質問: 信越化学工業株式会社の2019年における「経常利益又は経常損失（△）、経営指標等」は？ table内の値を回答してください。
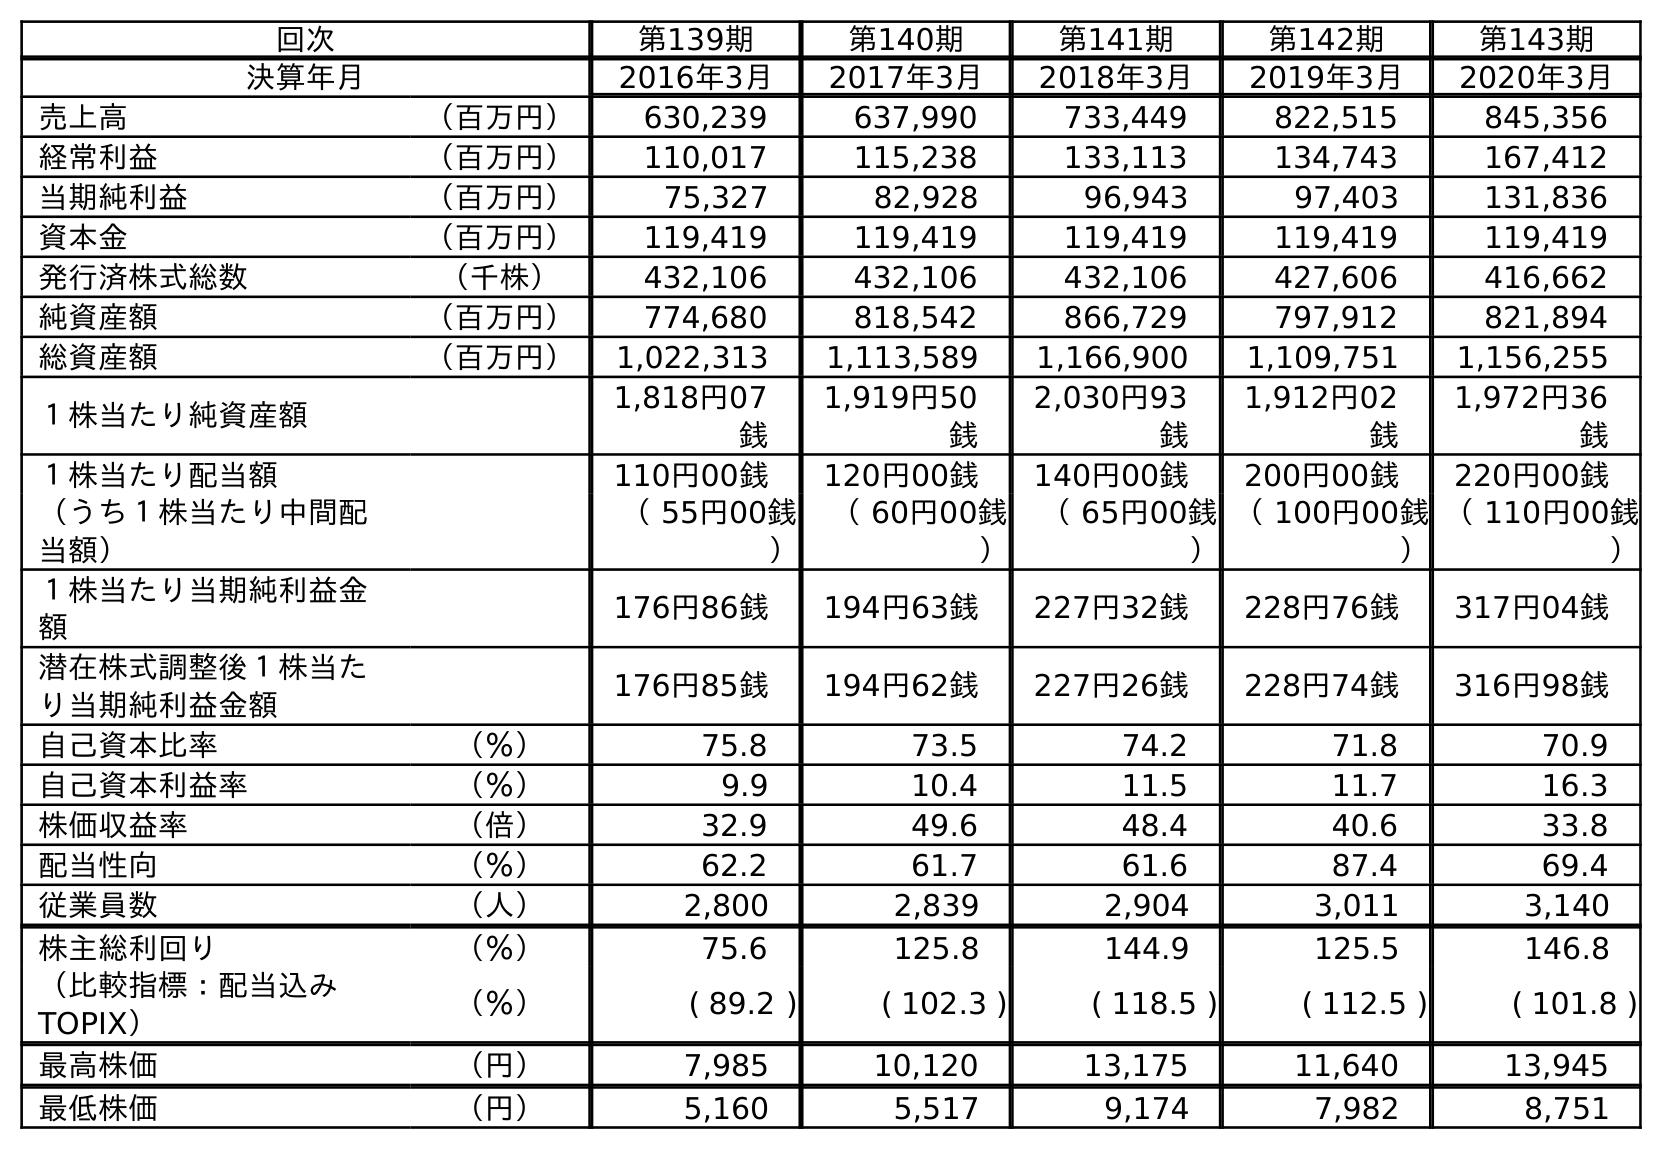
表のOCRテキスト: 回次 第139期 第140期 第141期 第142期 第143期 決算年月 2016年3月 2017年3月 2018年3月 2019年3月 2020年3月 売上高 （百万円） 630,239 637,990 733,449 822,515 845,356 経常利益 （百万円） 110,017 115,238 133,113 134,743 167,412 当期純利益 （百万円） 75,327 82,928 96,943 97,403 131,836 資本金 （百万円） 119,419 119,419 119,419 119,419 119,419 発行済株式総数 （千株） 432,106 432,106 432,106 427,606 416,662 純資産額 （百万円） 774,680 818,542 866,729 797,912 821,894 総資産額 （百万円） 1,022,313 1,113,589 1,166,900 1,109,751 1,156,255 １株当たり純資産額 1,818円07 銭 1,919円50 銭 2,030円93 銭 1,912円02 銭 1,972円36 銭 １株当たり配当額 110円00銭 120円00銭 140円00銭 200円00銭 220円00銭 （うち１株当たり中間配 当額） （ 55円00銭 ） （ 60円00銭 ） （ 65円00銭 ） （ 100円00銭 ） （ 110円00銭 ） １株当たり当期純利益金 額 176円86銭 194円63銭 227円32銭 228円76銭 317円04銭 潜在株式調整後１株当た り当期純利益金額 176円85銭 194円62銭 227円26銭 228円74銭 316円98銭 自己資本比率 （％） 75.8 73.5 74.2 71.8 70.9 自己資本利益率 （％） 9.9 10.4 11.5 11.7 16.3 株価収益率 （倍） 32.9 49.6 48.4 40.6 33.8 配当性向 （％） 62.2 61.7 61.6 87.4 69.4 従業員数 （人） 2,800 2,839 2,904 3,011 3,140 株主総利回り （％） 75.6 125.8 144.9 125.5 146.8 （比較指標：配当込み TOPIX） （％） ( 89.2 ) ( 102.3 ) ( 118.5 ) ( 112.5 ) ( 101.8 ) 最高株価 （円） 7,985 10,120 13,175 11,640 13,945 最低株価 （円） 5,160 5,517 9,174 7,982 8,751
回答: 134,743